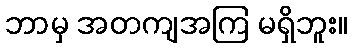
ဘာမှ အတကျအကြ မရှိဘူး။